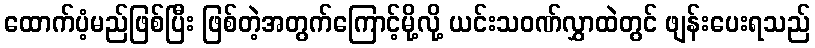
ထောက်ပံ့မည်ဖြစ်ပြီး ဖြစ်တဲ့အတွက်ကြောင့်မို့လို့ ယင်းသဝဏ်လွှာထဲတွင် ဖျန်းပေးရသည်